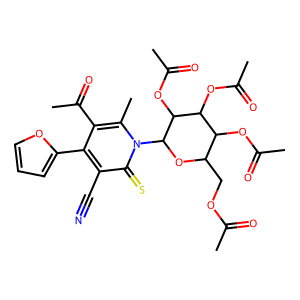
SMILES: CC(=O)OCC1OC(n2c(C)c(C(C)=O)c(-c3ccco3)c(C#N)c2=S)C(OC(C)=O)C(OC(C)=O)C1OC(C)=O
Inhibits HIV replication: No